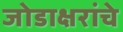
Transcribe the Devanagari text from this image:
जोडाक्षरांचे